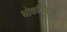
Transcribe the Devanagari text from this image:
थोकविक्रेता